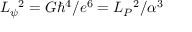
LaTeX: L _ { \psi } { } ^ { 2 } = G \hbar ^ { 4 } / e ^ { 6 } = L _ { P } { } ^ { 2 } / \alpha ^ { 3 }